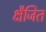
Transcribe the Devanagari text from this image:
क्षैजित